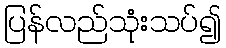
ပြန်လည်သုံးသပ်၍